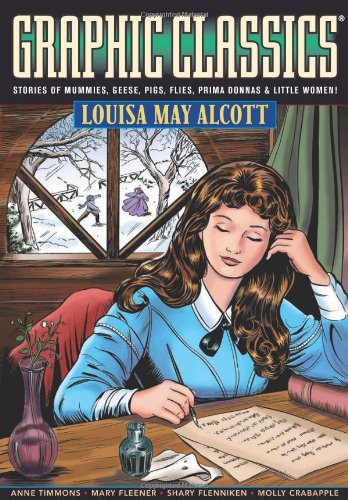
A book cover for Graphic Classics Volume 18: Louisa May Alcott (Graphic Classics (Graphic Novels)); Louisa May Alcott; Comics & Graphic Novels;